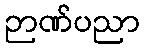
ဉာဏ်ပညာ